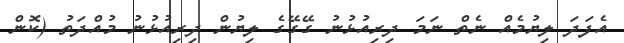
އެފަދަ ލިޔުމެއް ނެތް ނަމަ ދިރިއުޅުނު ގޭގޭގެ ލިޔުން ދިރިއުޅުނު މުއްދަތު (ކޮން